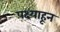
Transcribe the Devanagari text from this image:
पक्ष्याहून